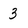
Character: 3